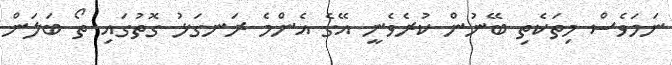
ނަމަވެސް މިތަކެތި ބޭނުން ކުރެވެނީ އޭގެ އެންމެ ރަނގަޅު ގޮތުގައި ތޯ ބަލަން